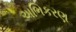
અભિકરણ